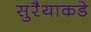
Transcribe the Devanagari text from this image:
सुरैयाकडे